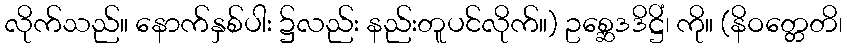
လိုက်သည်။ နောက်နှစ်ပါး ၌လည်း နည်းတူပင်လိုက်။) ဥစ္ဆေဒဒိဋ္ဌိံ၊ ကို။ (နိဝတ္တေတိ၊